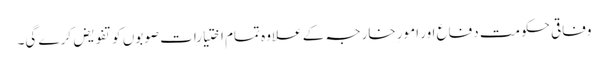
وفاقی حکومت دفاع اور امورِ خارجہ کے علاوہ تمام اختیارات صوبوں کو تفویض کرے گی۔